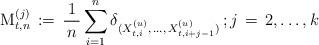
LaTeX: \begin{align*} \mathrm M_{t,n}^{(j)} \, :=\, \frac{1}{\, n \, }\sum_{i=1}^{n} \delta_{(X_{t,i}^{(u)}, \, \ldots , \,X_{t,i+j-1}^{(u)})} \, ; j \, =\, 2, \ldots , k \, \end{align*}